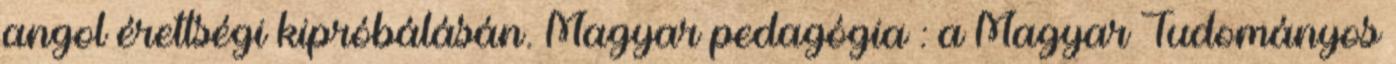
angol érettségi kipróbálásán. Magyar pedagógia : a Magyar Tudományos